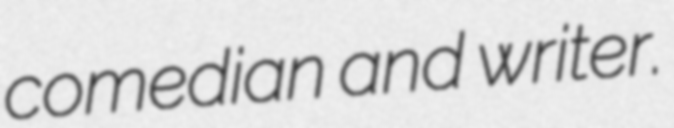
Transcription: comedian and writer.